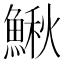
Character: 鰍